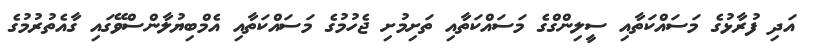
އަދި ފުރާޅުގެ މަސައްކަތާއި ސީލިންގްގެ މަސައްކަތާއި ތަށިމުށި ޖެހުމުގެ މަސައްކަތާއި އެމްބިޔުލާންސްވޭގައި ގާއެތުރުމުގެ